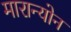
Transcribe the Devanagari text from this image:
मारान्योन